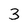
Character: 3